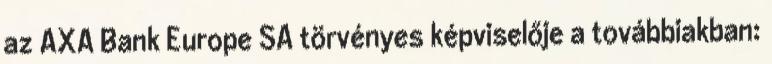
az AXA Bank Europe SA törvényes képviselője a továbbiakban: